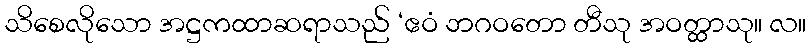
သိစေလိုသော အဋ္ဌကထာဆရာသည် ‘ဧဝံ ဘဂဝတော တီသု အဝတ္ထာသု။ လ။